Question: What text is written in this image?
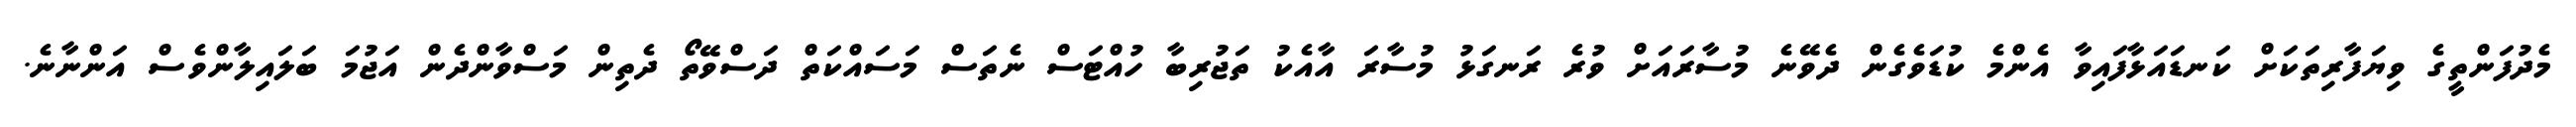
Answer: މެދުފަންތީގެ ވިޔަފާރިތަކަށް ކަނޑައަޅާފައިވާ އެންމެ ކުޑަވެގެން ދެވޭނެ މުސާރައަށް ވުރެ ރަނގަޅު މުސާރަ އާއެކު ތަޖުރިބާ ހުއްޓަސް ނެތަސް މަސައްކަތް ދަސްވޭތޯ ދެތިން މަސްވާންދެން އަޖުމަ ބަލައިލާންވެސް އަންނާނެ.